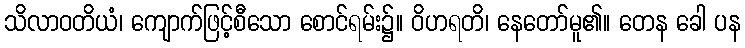
သိလာဝတိယံ၊ ကျောက်ဖြင့်စီသော စောင်ရမ်း၌။ ဝိဟရတိ၊ နေတော်မူ၏။ တေန ခေါ ပန